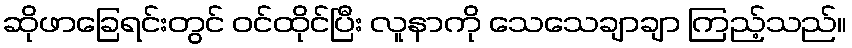
ဆိုဖာခြေရင်းတွင် ဝင်ထိုင်ပြီး လူနာကို သေသေချာချာ ကြည့်သည်။